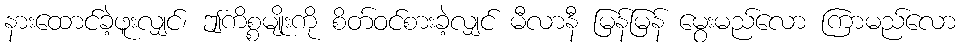
နားထောင်ခဲ့ဖူးလျှင်၊ ဤကိစ္စမျိုးကို စိတ်ဝင်စားခဲ့လျှင် မီလာနီ မြန်မြန် မွေးမည်လော ကြာမည်လော